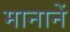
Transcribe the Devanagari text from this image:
मानानें